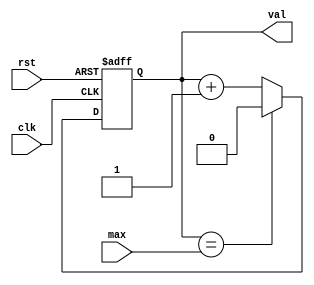
module Counter(val, max, clk, rst);
parameter WIDTH = 1;
output reg [WIDTH-1:0] val;
input [WIDTH-1:0] max;
input clk, rst;

initial
  val = 0;

always @ (posedge clk or posedge rst) begin
  if (rst)
	 val <= 0;
  else
	 if (val == max)
		val <= 0;
	 else
		val <= val + 1;
end
endmodule